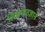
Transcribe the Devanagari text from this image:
शिक्षणतज्ञाने